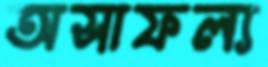
অসাফল্য